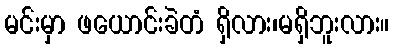
မင်းမှာ ဖယောင်းခဲတံ ရှိလား၊မရှိဘူးလား။